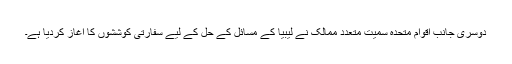
دوسری جانب اقوام متحدہ سمیت متعدد ممالک نے لیبیا کے مسائل کے حل کے لیے سفارتی کوششوں کا آغاز کردیا ہے۔